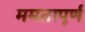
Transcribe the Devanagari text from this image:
ममतापूर्ण